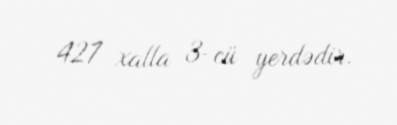
427 xalla 3-cü yerdədir.